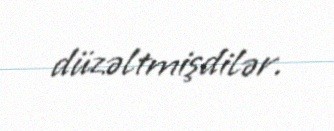
düzəltmişdilər.